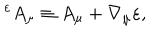
LaTeX: { } ^ { \varepsilon } A _ { \mu } \equiv A _ { \mu } + \nabla _ { \mu } \varepsilon ,